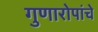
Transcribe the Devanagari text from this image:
गुणारोपांचे